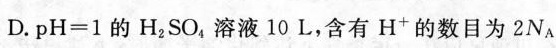
D. $$p H = 1$$ 的H_{2}SO_{4}溶液10 L，含有H^{+}的数目为2N_{A}